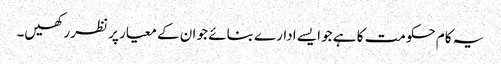
یہ کام حکومت کا ہے جو ایسے ادارے بنائے جو ان کے معیار پر نظر رکھیں۔